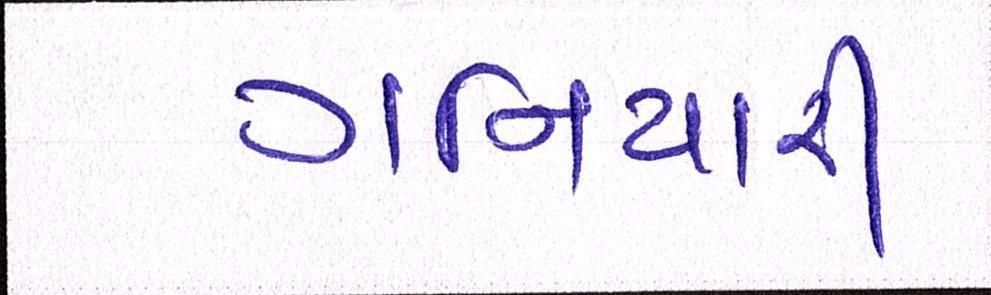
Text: ગનિયારી